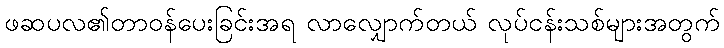
ဖဆပလ၏တာဝန်ပေးခြင်းအရ လာလျှောက်တယ် လုပ်ငန်းသစ်များအတွက်